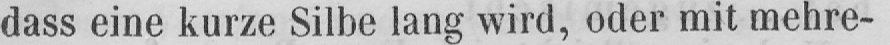
dass eine kurze Silbe lang wird, oder mit mehre-